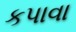
કપાવા